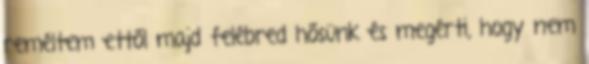
reméltem ettől majd felébred hősünk és megérti, hogy nem